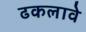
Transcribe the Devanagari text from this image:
ढकलावे